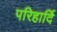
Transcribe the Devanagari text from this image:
परिहार्दि